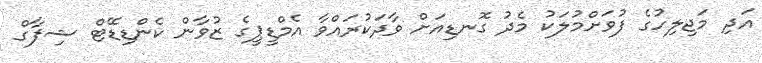
އަދި މަޖިލިހުގެ ފުވަށްމުލަކު މެދު ގޮނޑިއަށް ވާދަކުރައްވާ އެމްޑީޕީގެ ޒުވާން ކެންޑިޑޭޓް ޝިފާގް